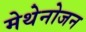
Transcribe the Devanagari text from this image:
मेथेनोजन